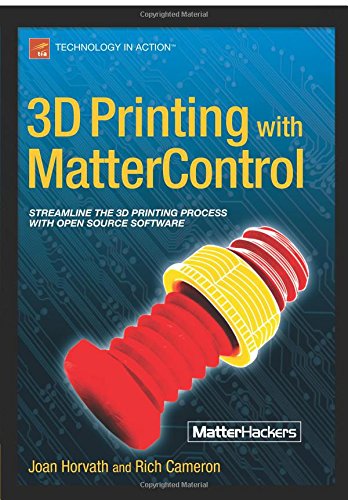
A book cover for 3D Printing with MatterControl; Joan Horvath; Computers & Technology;